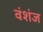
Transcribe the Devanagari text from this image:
वंशंज